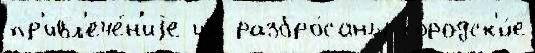
пр'ивл'ече́н'иjе им разбро́саны городск'и́е